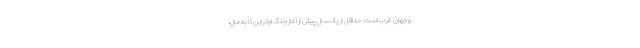
و جهان غرب است. حداقل از یک سال پیش از آغاز جنگ اوکراین تا به حال،